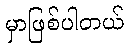
မှာဖြစ်ပါတယ်